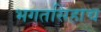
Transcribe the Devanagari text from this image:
भगतसिंहाच